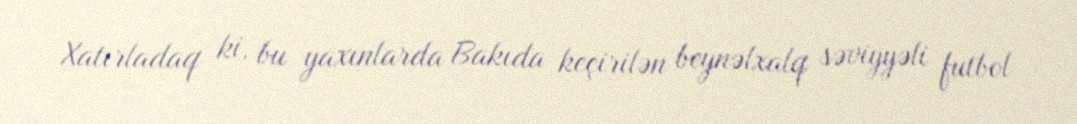
Xatırladaq ki, bu yaxınlarda Bakıda keçirilən beynəlxalq səviyyəli futbol